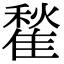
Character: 䨂